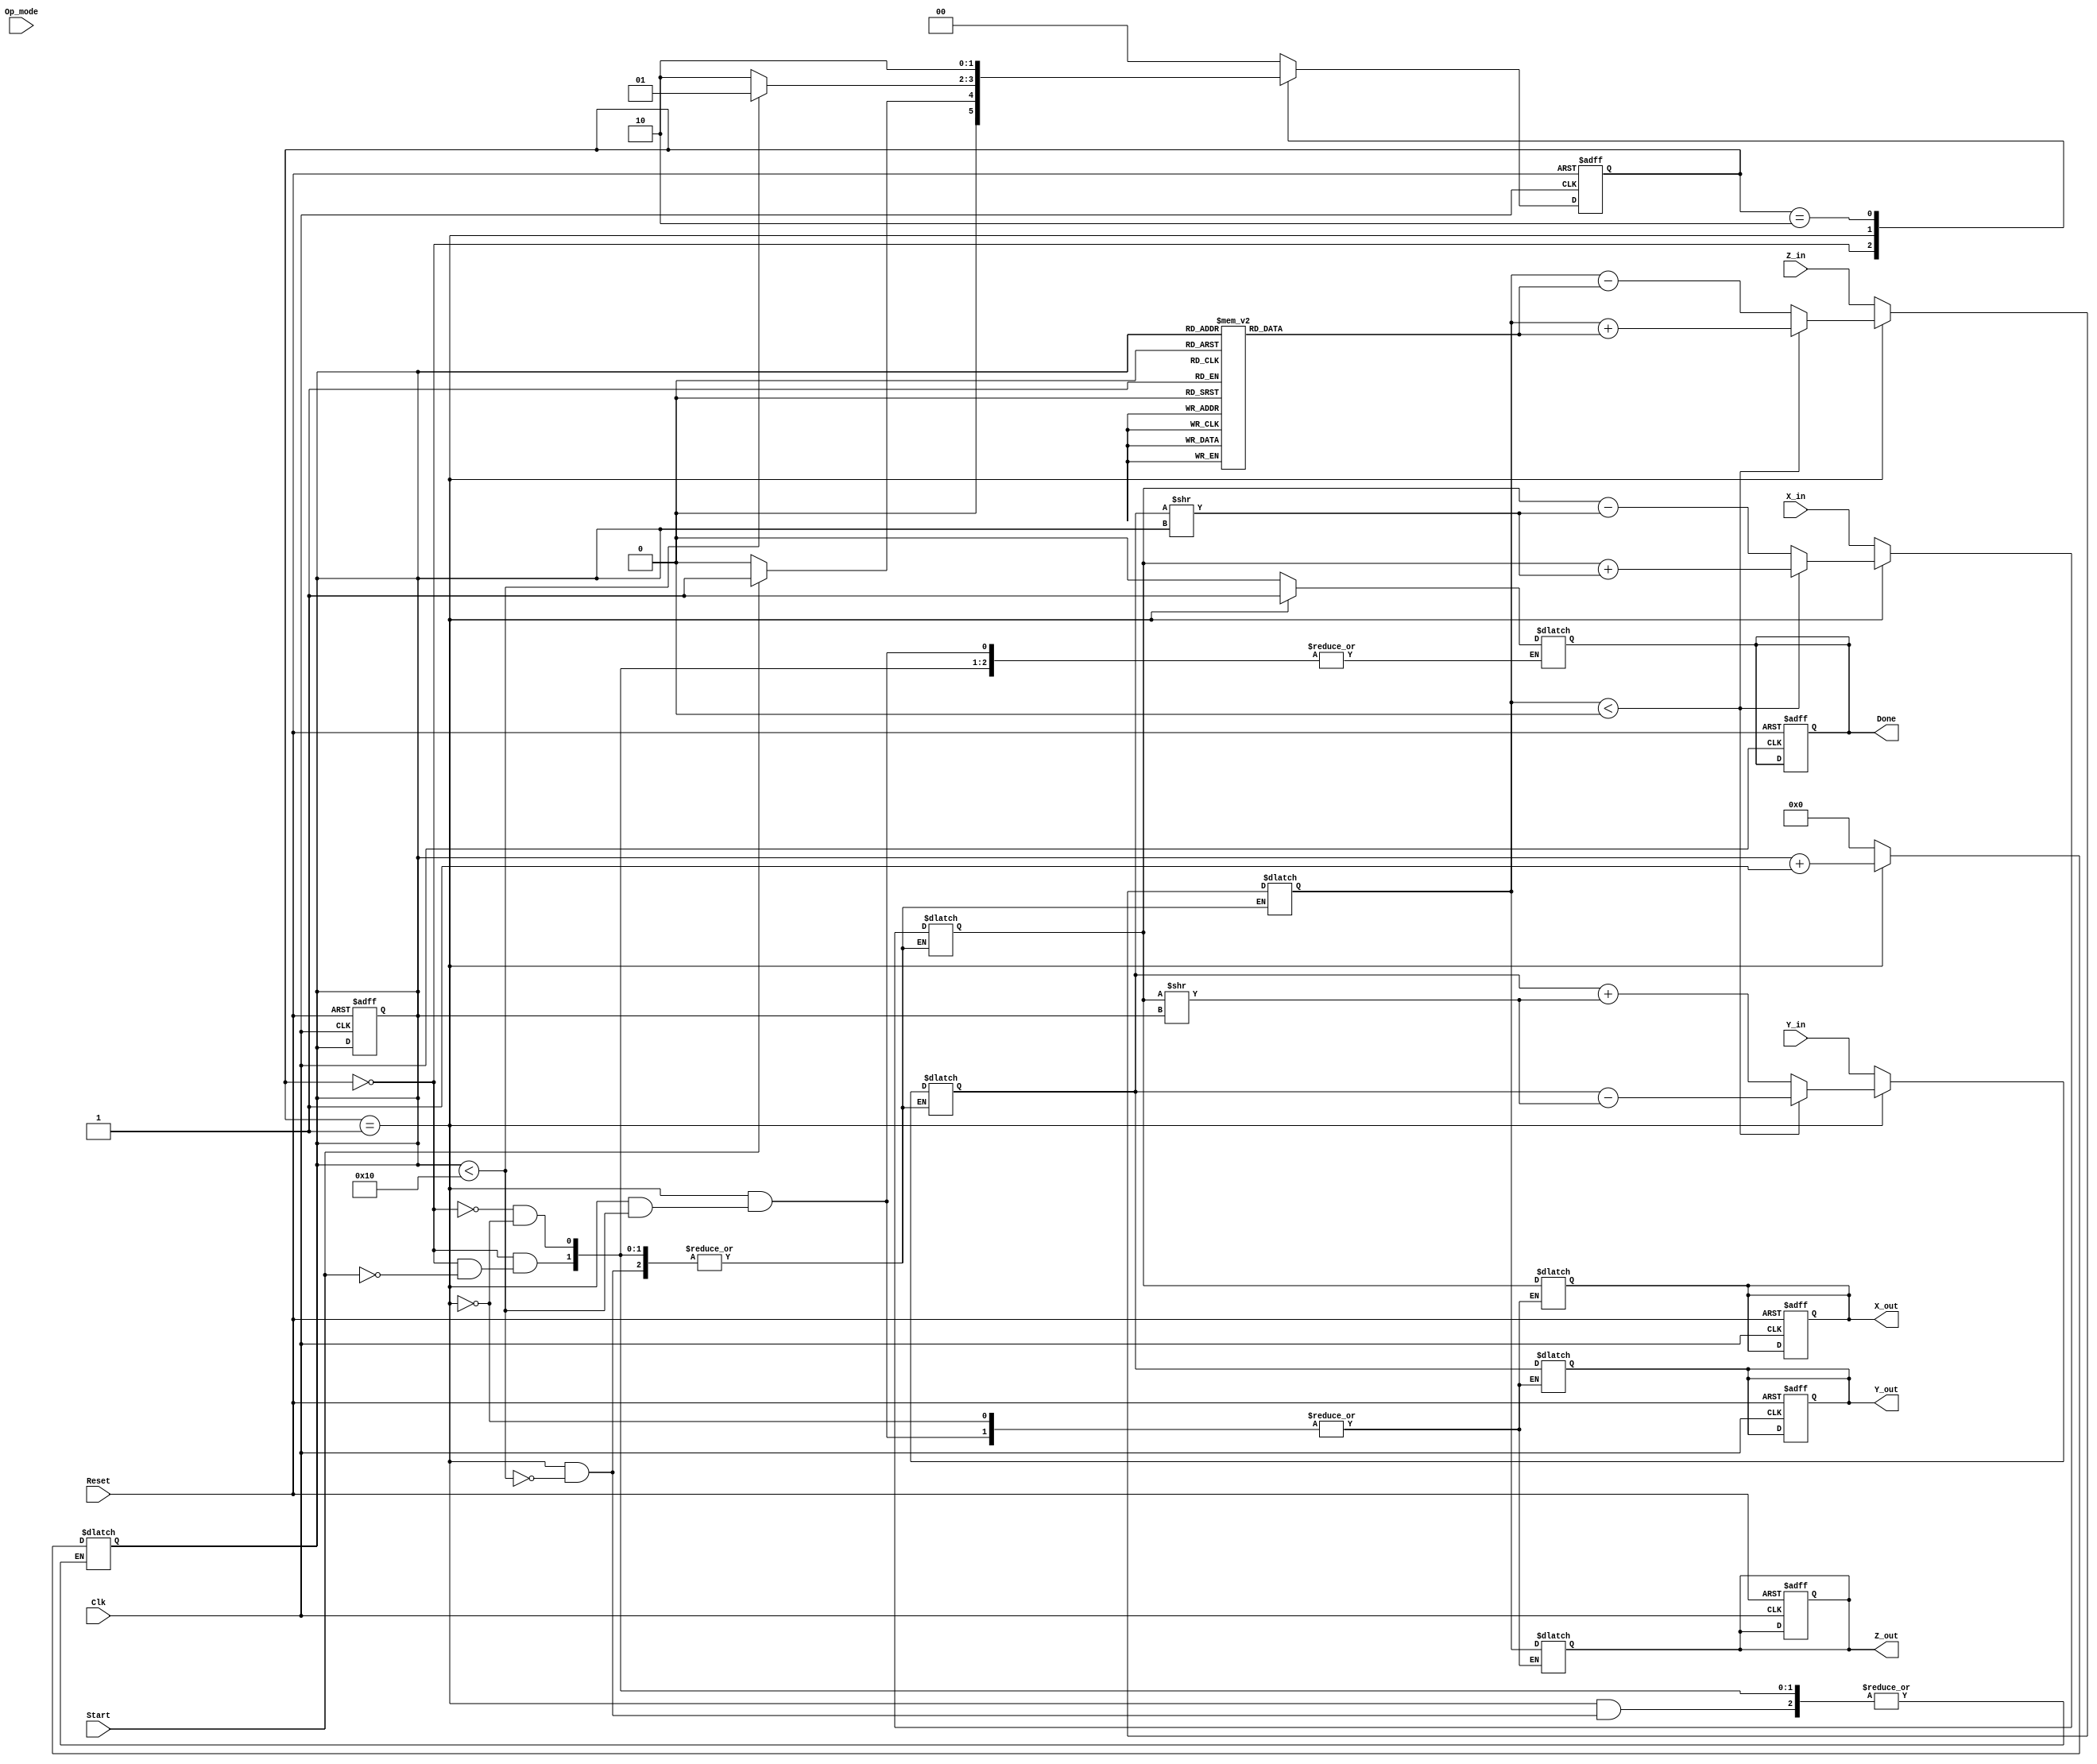
module Unified_CORDIC (
    input wire signed [15:0] X_in,    // Input vector X
    input wire signed [15:0] Y_in,    // Input vector Y
    input wire signed [15:0] Z_in,    // Input angle
    input wire [1:0] Op_mode,         // Operation mode selector
    input wire Start,                  // Start signal
    input wire Clk,                    // Clock signal
    input wire Reset,                  // Reset signal
    output reg signed [15:0] X_out,    // Output vector X
    output reg signed [15:0] Y_out,    // Output vector Y
    output reg signed [15:0] Z_out,    // Output angle
    output reg Done                    // Completion signal
);

    // Parameters
    parameter NUM_ITER = 16;  // Number of iterations
    parameter ANGLE_WIDTH = 16; // Width of angle representation
    parameter FIXED_POINT_SCALE = 16; // Scaling factor
    reg signed [15:0] angle_table [0:NUM_ITER-1]; // Angle table
    reg signed [15:0] X_reg, Y_reg, Z_reg; // Registers for internal variables
    reg [3:0] iteration; // Iteration counter
    reg [1:0] state; // State machine
    reg [1:0] next_state; // Next state for the state machine

    // State Definitions
    localparam IDLE = 2'b00;
    localparam RUN = 2'b01;
    localparam DONE_STATE = 2'b10;

    // Initialize angle table (values should be precomputed)
    initial begin
        angle_table[0] = 16'hFFFF; // -45 degrees
        angle_table[1] = 16'hC90F; // -26.565 degrees
        angle_table[2] = 16'hB2D9; // -14.036 degrees
        // ... (continue for all required angles)
        angle_table[NUM_ITER-1] = 16'h0000; // 0 degrees
    end

    // State machine
    always @(posedge Clk or posedge Reset) begin
        if (Reset) begin
            state <= IDLE;
            Done <= 0;
            iteration <= 0;
            X_out <= 0;
            Y_out <= 0;
            Z_out <= 0;
        end else begin
            state <= next_state;
        end
    end

    // Next state logic and operations
    always @(*) begin
        case (state)
            IDLE: begin
                if (Start) begin
                    // Initialize registers
                    X_reg = X_in;
                    Y_reg = Y_in;
                    Z_reg = Z_in;
                    iteration = 0;
                    Done = 0;
                    next_state = RUN;
                end else begin
                    next_state = IDLE;
                end
            end
            
            RUN: begin
                if (iteration < NUM_ITER) begin
                    // CORDIC rotation logic
                    if (Z_reg < 0) begin
                        X_reg <= X_reg + (Y_reg >> iteration);
                        Y_reg <= Y_reg - (X_reg >> iteration);
                        Z_reg <= Z_reg + angle_table[iteration];
                    end else begin
                        X_reg <= X_reg - (Y_reg >> iteration);
                        Y_reg <= Y_reg + (X_reg >> iteration);
                        Z_reg <= Z_reg - angle_table[iteration];
                    end
                    iteration = iteration + 1;
                    next_state = RUN;
                end else begin
                    X_out = X_reg;
                    Y_out = Y_reg;
                    Z_out = Z_reg;
                    Done = 1;
                    next_state = DONE_STATE;
                end
            end
            
            DONE_STATE: begin
                // Stay in DONE state until reset
                next_state = DONE_STATE;
            end
            
            default: next_state = IDLE;
        endcase
    end

endmodule